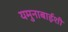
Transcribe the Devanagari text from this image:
यमुनाबाईशी